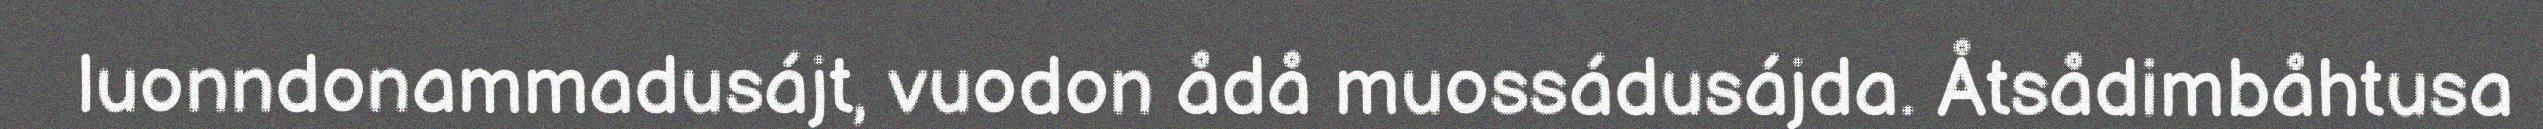
luonndonammadusájt, vuodon ådå muossádusájda. Åtsådimbåhtusa